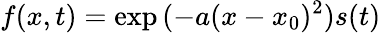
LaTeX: f(x,t)=\exp{(-a(x-x_{0})^{2})}s(t)